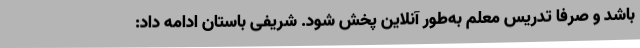
باشد و صرفا تدریس معلم به‌طور آنلاین پخش شود. شریفی باستان ادامه داد: